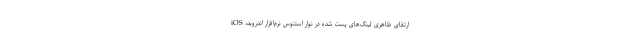
ارتقای ظاهری لینک‌های پست شده در نوار استتوس نرم‌افزار اندروید، iOS